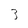
Character: 3